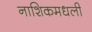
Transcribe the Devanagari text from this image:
नाशिकमधली